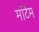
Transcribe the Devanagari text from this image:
मॉर्टम